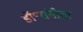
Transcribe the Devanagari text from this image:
डॉ॰संगीता